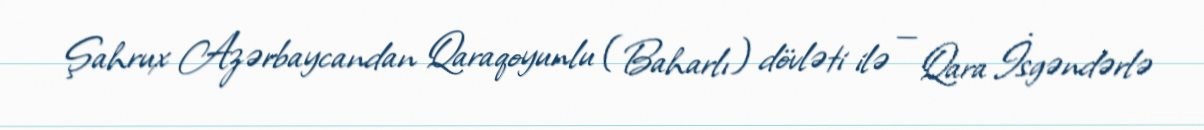
Şahrux Azərbaycandan Qaraqoyunlu (Baharlı) dövləti ilə — Qara İsgəndərlə